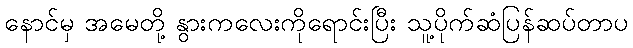
နောင်မှ အမေတို့ နွားကလေးကိုရောင်းပြီး သူ့ပိုက်ဆံပြန်ဆပ်တာပ